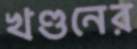
খণ্ডনের